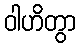
ဝါဟိတွာ